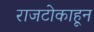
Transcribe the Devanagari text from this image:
राजटोकाहून